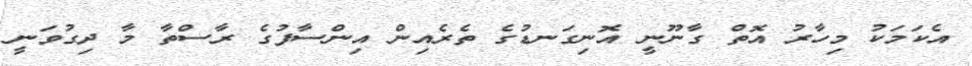
އެކަމަކު މިހާރު އޮތް ގާނޫނީ އޮނިގަނޑުގެ ތެރެއިން އިންސާފުގެ ރާސްތާ މާ ދިގުވަނީ